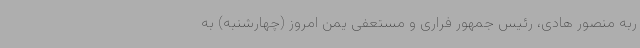
ربه منصور هادی، رئیس جمهور فراری و مستعفی یمن امروز (چهارشنبه) به